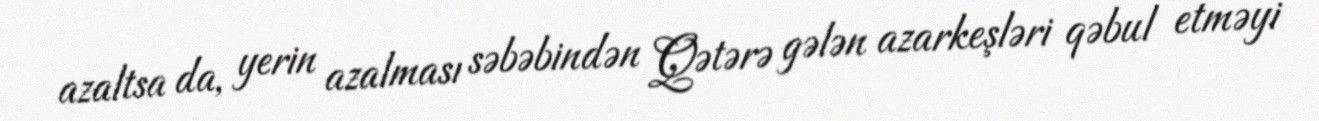
azaltsa da, yerin azalması səbəbindən Qətərə gələn azarkeşləri qəbul etməyi